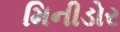
મિનીડોર